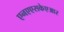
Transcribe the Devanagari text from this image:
एनएएसकेएआर